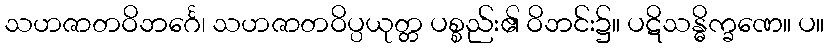
သဟဇာတဝိဘင်္ဂေ၊ သဟဇာတဝိပ္ပယုတ္တ ပစ္စည်း၏ ဝိဘင်း၌။ ပဋိသန္ဓိက္ခဏေ။ ပ။